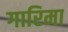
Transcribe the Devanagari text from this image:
गारिमा